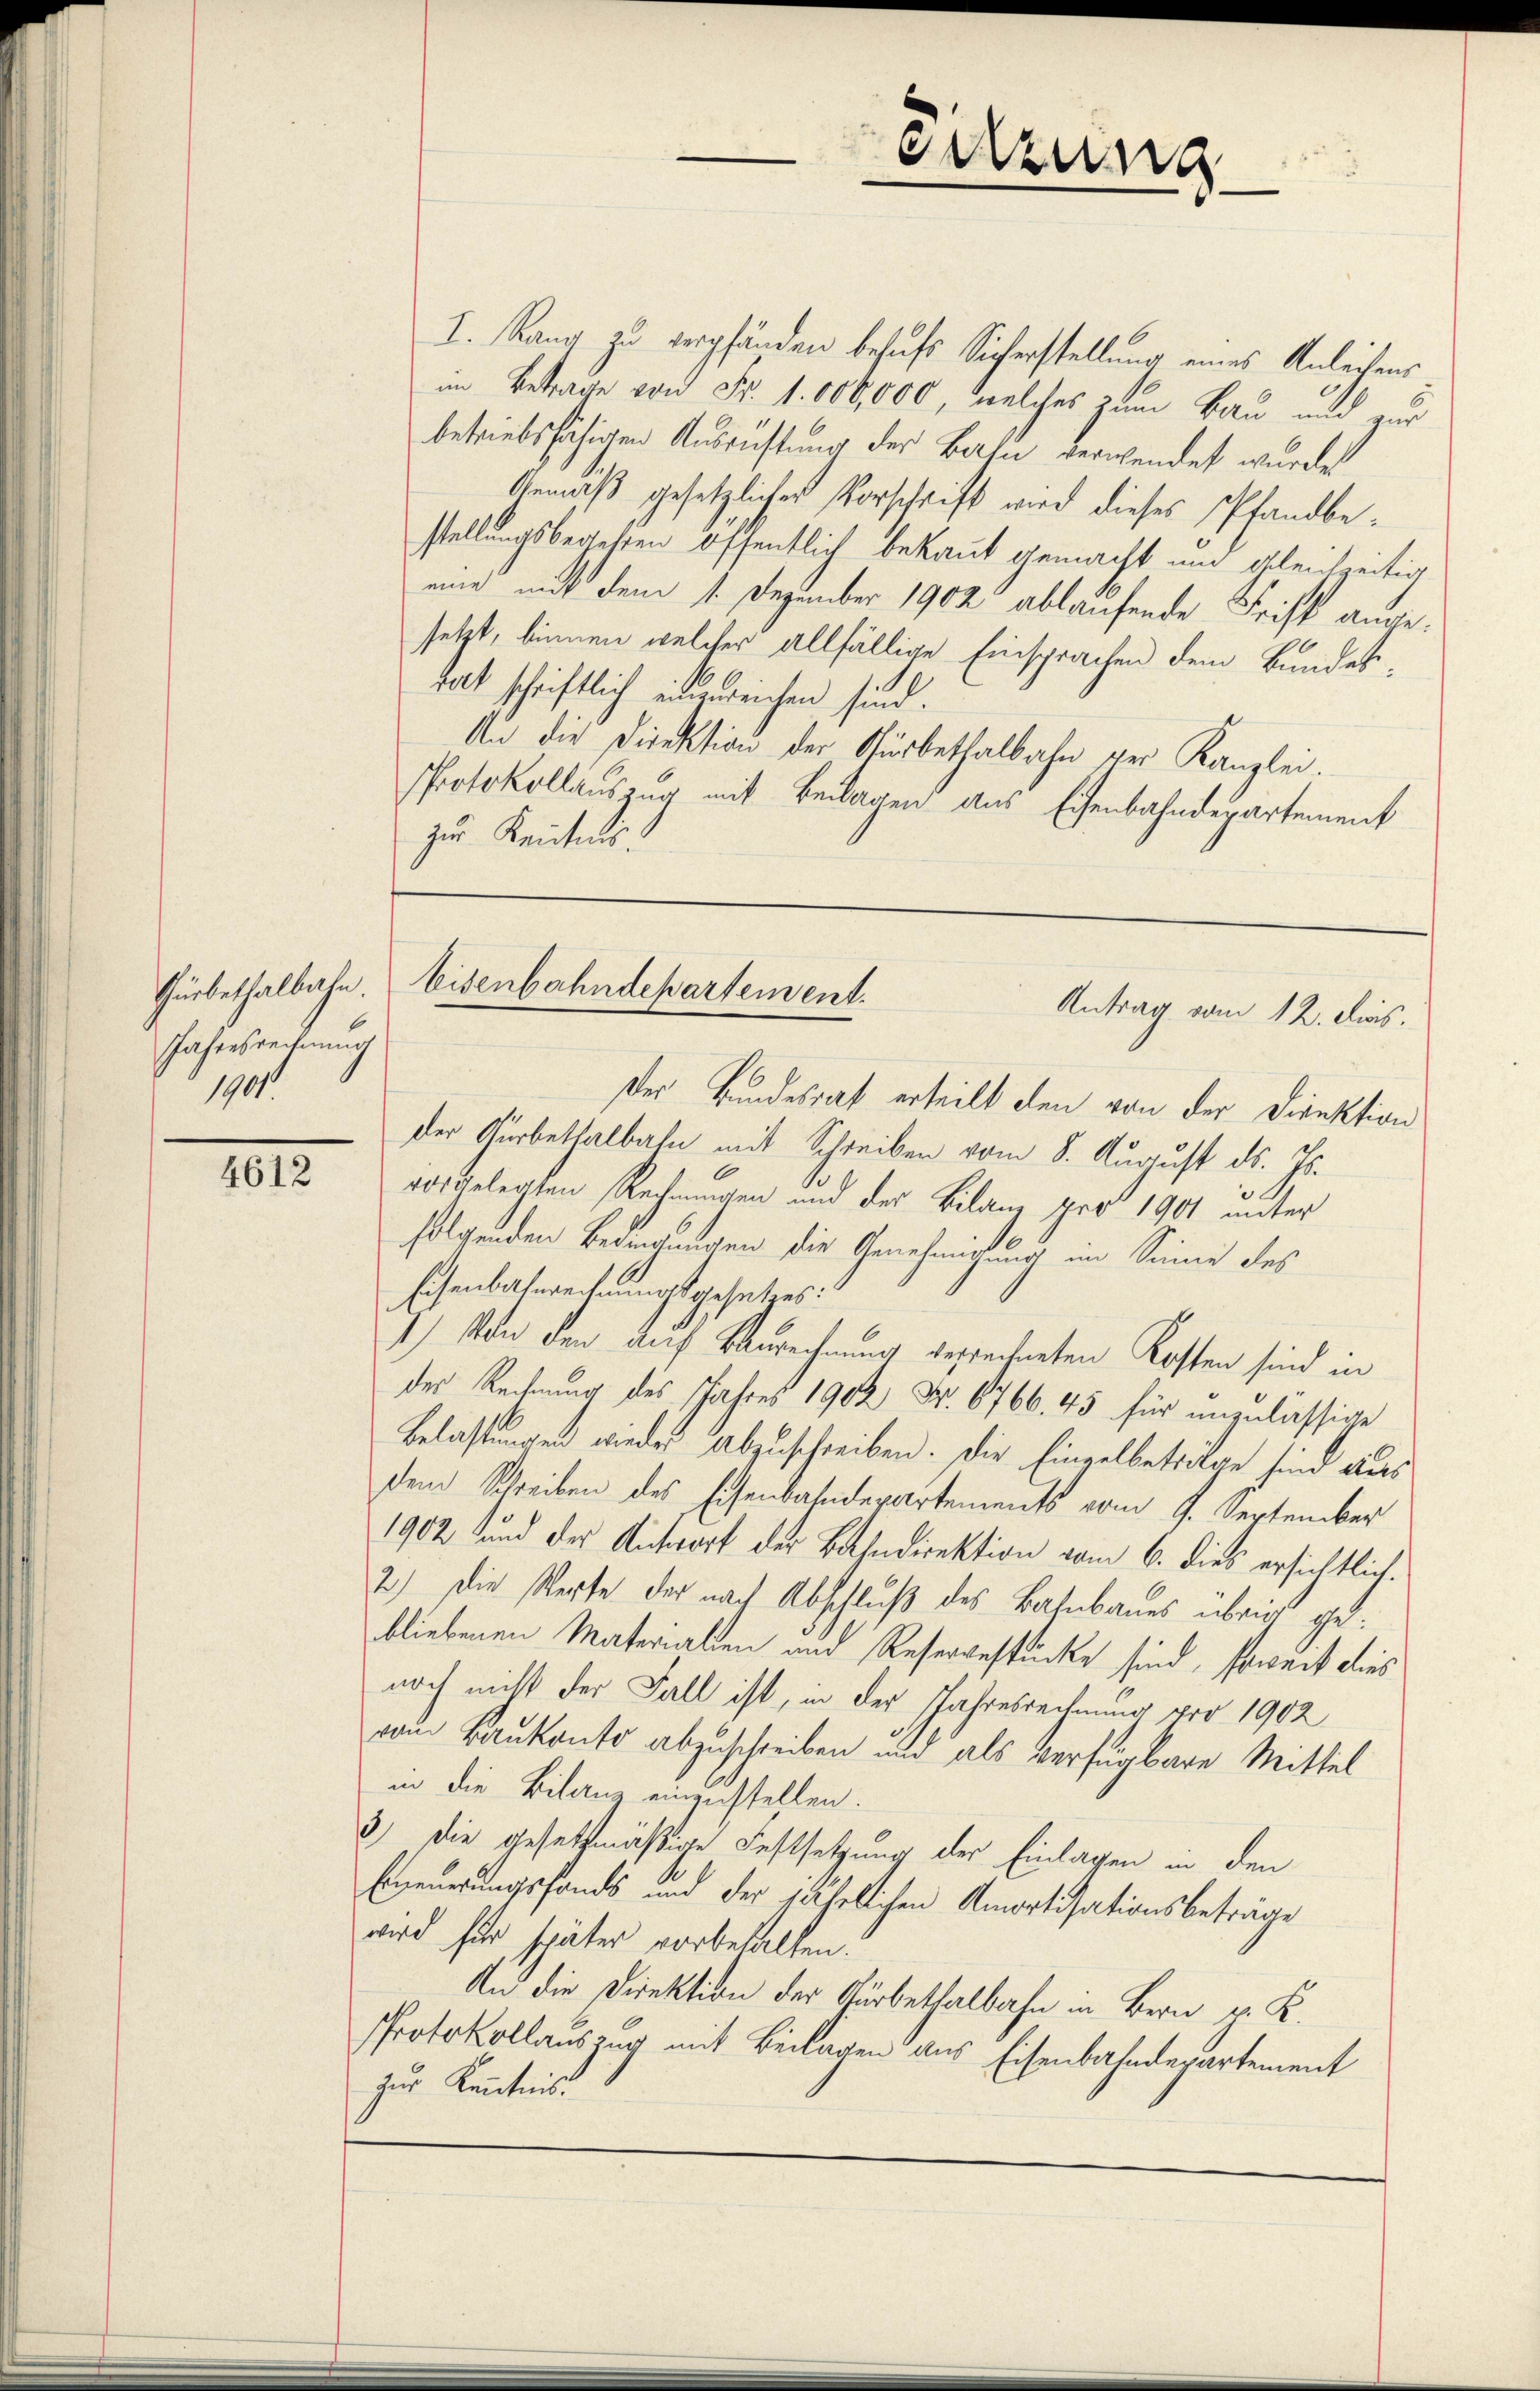
Thürbethalbahn.
Jahresrechnung
1901.

4612

I. Rang zu verpfänden behufs Sicherstellung eines Anleihens
im Betrage von Fr. 1. 600,000, welches zum Bau und zur
betriebsfähigen Ausrüstung der Bahn verwendet wurde
Gemäß gesetzlicher Vorschrift wird dieses Pfandbestellungsberechten öffentlich bekannt gemacht um gleichzeitig
eine mit dem 1. Dezember 1902 ablaufende Frist angesetzt, binnen welcher allfällige Einsprachen dem Bundestat schriftlich eingereichen sind.
An die Direktion der Gürbethalbahn der Kanzlei.
Protokollauszug mit Beilagen aus Eisenbahndepartement
zur Kenntnis.

Der Bundesrat erteilt den von der Direktion
der Gürbethalbahn mit Schreiben vom 8. August ds. Js.
1.
vorgelegten Rechnungen und der Bilanz pro 1901 unter
folgenden Bedingungen die Genehmigung im Sinne des
Eisenbatsrechnungsgesetzes:
1) Von den auf Baurechnung gestechneten Kosten sind in
der Rechnung des Jahres 1902 Nr. 6766. 45 für unzulässige
Belastungen wieder abzuschreiben. Die Einzelbetrage sind aus
dem Schreiben des Eisenbahndepartements vom 9. September
1902 und der Antwort der Bahndirektion vom 6. dies ersichtlich.
2.) Die Werte der nach Abschluß des Bahnbaues übrig gebliebenen Materialien und Resergestücke sind, soweit dies
noch nicht der Fall ist, in der Jahresrechnung pro 1902
vom Baukonto abzuschreiben und als verfügbare Mittel
in die Bilanz einzustellen.
8) Die gesetzmäßige Festsetzung der Einlagen in den
Erneuerungsfonds und der jährlichen Amortisationsbeträge
wird für später vorbehalten.
An die Direktion der Ausbethalbahn in Bern p. K.
Protokollauszug mit Beilagen aus Eisenbahndepartement
zur Kenntnis.

Setzung

Eisenbahndepartement.
Antrag vom 12. ds.